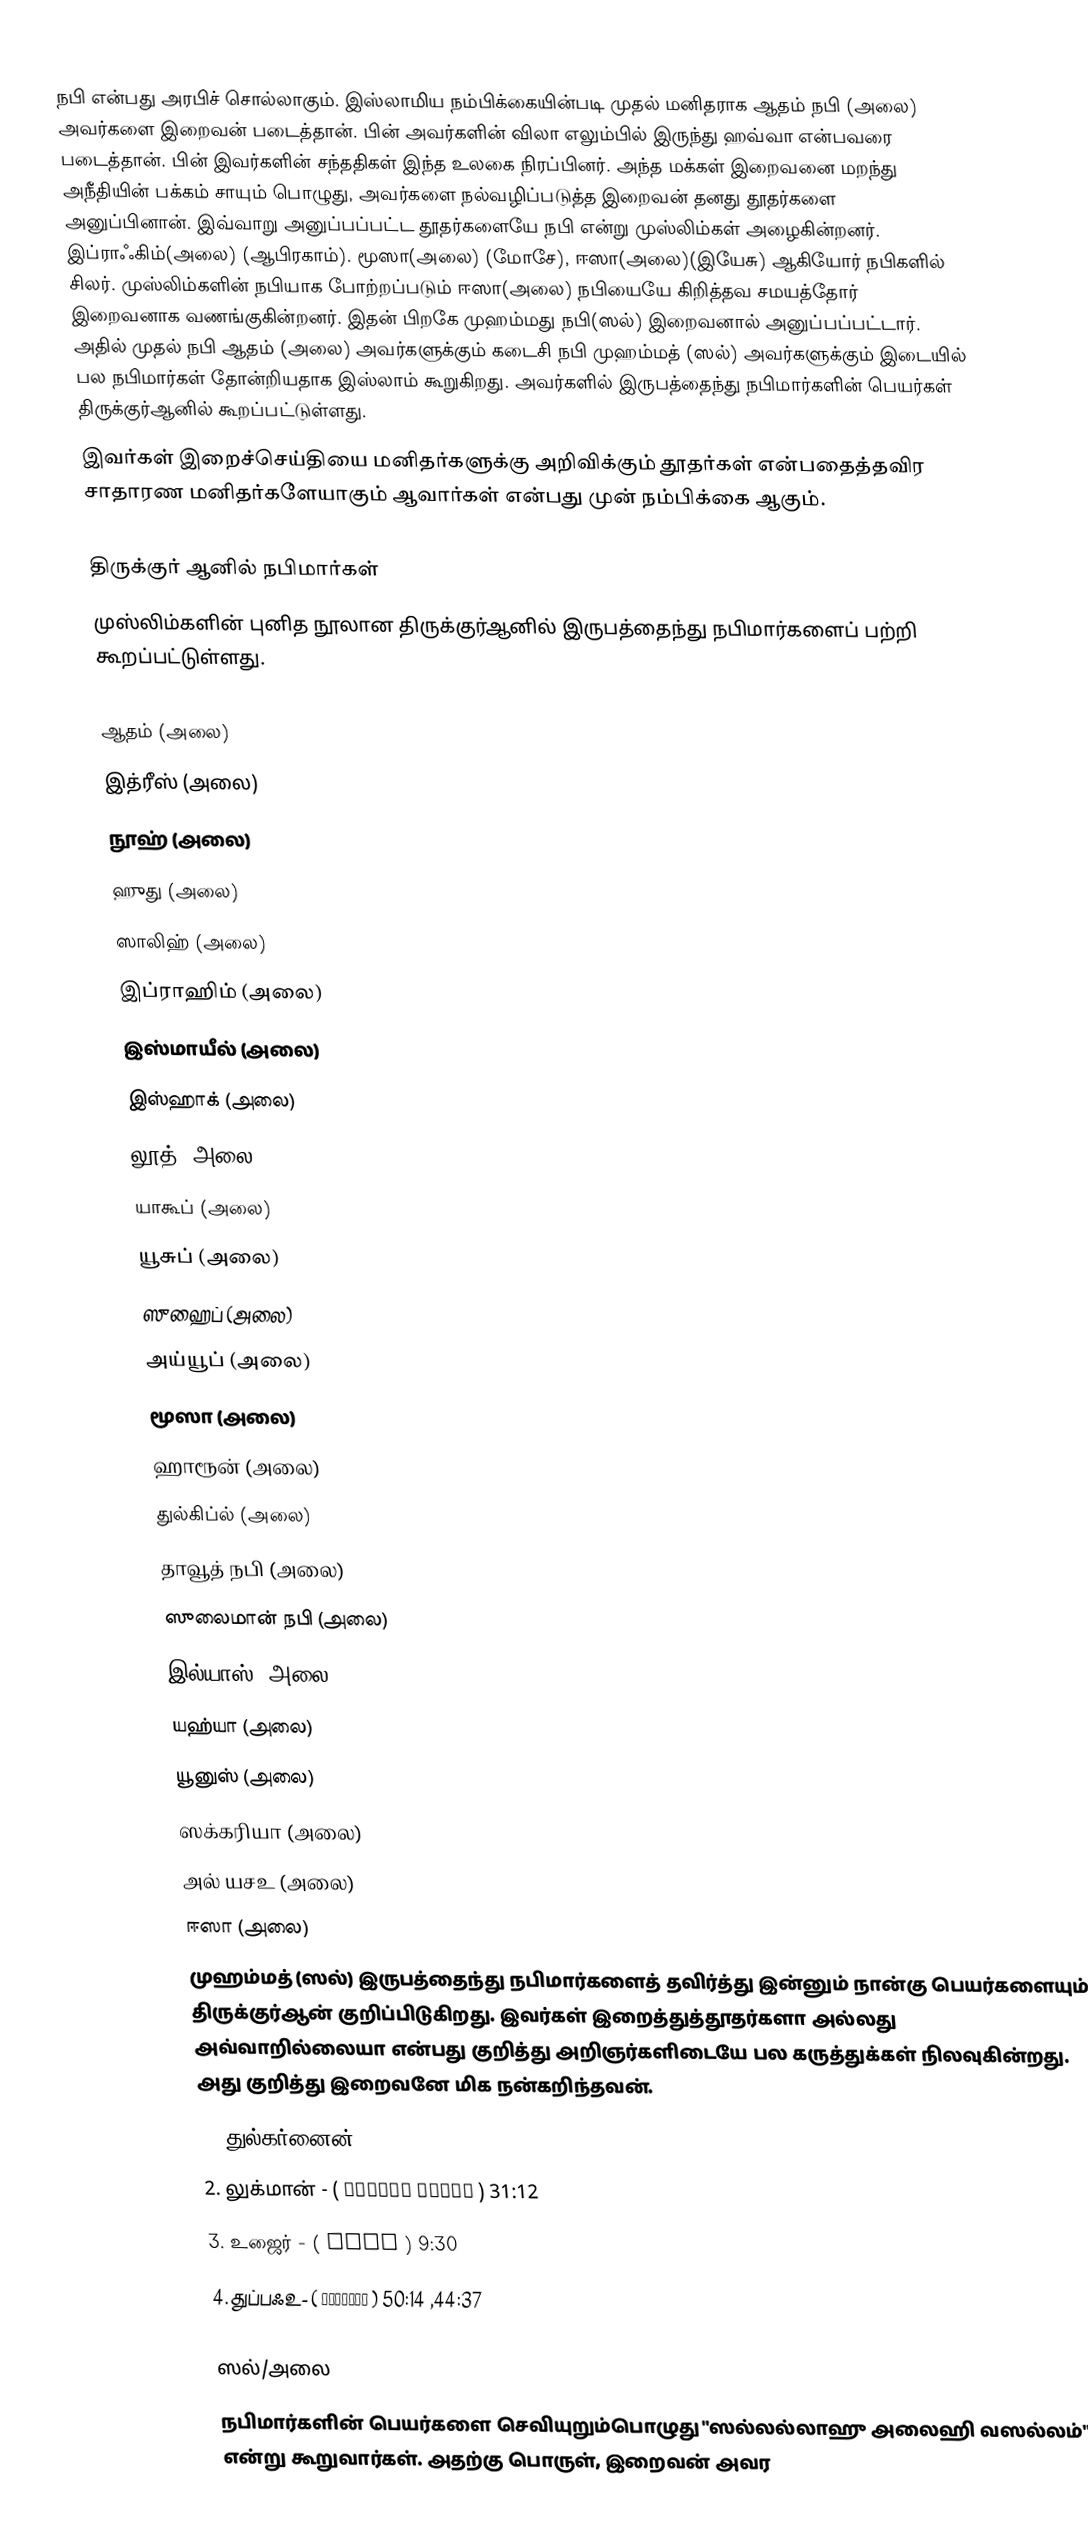
நபி என்பது அரபிச் சொல்லாகும். இஸ்லாமிய நம்பிக்கையின்படி முதல் மனிதராக ஆதம் நபி (அலை)  அவர்களை இறைவன் படைத்தான். பின் அவர்களின் விலா எலும்பில் இருந்து ஹவ்வா என்பவரை படைத்தான். பின் இவர்களின் சந்ததிகள் இந்த உலகை நிரப்பினர். அந்த மக்கள் இறைவனை மறந்து அநீதியின் பக்கம் சாயும் பொழுது, அவர்களை நல்வழிப்படுத்த இறைவன் தனது தூதர்களை அனுப்பினான். இவ்வாறு அனுப்பப்பட்ட தூதர்களையே நபி என்று முஸ்லிம்கள் அழைகின்றனர். இப்ராஃகிம்(அலை) (ஆபிரகாம்). மூஸா(அலை) (மோசே), ஈஸா(அலை)(இயேசு) ஆகியோர் நபிகளில் சிலர். முஸ்லிம்களின் நபியாக போற்றப்படும் ஈஸா(அலை) நபியையே கிறித்தவ சமயத்தோர் இறைவனாக வணங்குகின்றனர். இதன் பிறகே முஹம்மது நபி(ஸல்)  இறைவனால் அனுப்பப்பட்டார். அதில் முதல் நபி ஆதம் (அலை) அவர்களுக்கும் கடைசி நபி முஹம்மத் (ஸல்) அவர்களுக்கும் இடையில் பல நபிமார்கள் தோன்றியதாக இஸ்லாம் கூறுகிறது. அவர்களில் இருபத்தைந்து நபிமார்களின் பெயர்கள் திருக்குர்ஆனில் கூறப்பட்டுள்ளது.
இவர்கள் இறைச்செய்தியை மனிதர்களுக்கு அறிவிக்கும் தூதர்கள் என்பதைத்தவிர சாதாரண மனிதர்களேயாகும் ஆவார்கள் என்பது முன் நம்பிக்கை ஆகும்.

திருக்குர் ஆனில் நபிமார்கள்
முஸ்லிம்களின் புனித நூலான திருக்குர்ஆனில் இருபத்தைந்து நபிமார்களைப் பற்றி கூறப்பட்டுள்ளது.

 ஆதம் (அலை)
 இத்ரீஸ் (அலை)
 நூஹ் (அலை)
 ஹுது (அலை)
 ஸாலிஹ் (அலை)
 இப்ராஹிம் (அலை)
 இஸ்மாயீல் (அலை)
 இஸ்ஹாக் (அலை)
 லூத் (அலை)
 யாகூப் (அலை)
 யூசுப் (அலை)
 ஸுஹைப் (அலை)
 அய்யூப் (அலை)
 மூஸா  (அலை)
 ஹாரூன் (அலை)
 துல்கிப்ல் (அலை)
 தாவூத் நபி (அலை)
 ஸுலைமான் நபி (அலை)
 இல்யாஸ் (அலை)
 யஹ்யா (அலை)
 யூனுஸ் (அலை)
 ஸக்கரியா (அலை)
 அல் யசஉ (அலை)
 ஈஸா (அலை)
 முஹம்மத் (ஸல்) இருபத்தைந்து நபிமார்களைத் தவிர்த்து இன்னும் நான்கு பெயர்களையும்  திருக்குர்ஆன்  குறிப்பிடுகிறது. இவர்கள் இறைத்துத்தூதர்களா அல்லது அவ்வாறில்லையா என்பது குறித்து அறிஞர்களிடையே பல கருத்துக்கள் நிலவுகின்றது. அது குறித்து இறைவனே மிக நன்கறிந்தவன்.
 1. துல்கர்னைன் - ( ذو القرنين ) 18:83
 2. லுக்மான் - ( لقمان الحكيم ) 31:12
 3. உஜைர் - ( عزیر ) 9:30
 4. துப்பஃஉ- ( تُبَّعٍ ) 44:37, 50:14

ஸல்/அலை
நபிமார்களின் பெயர்களை செவியுறும்பொழுது "ஸல்லல்லாஹு அலைஹி வஸல்லம்" என்று கூறுவார்கள். அதற்கு பொருள், இறைவன் அவர